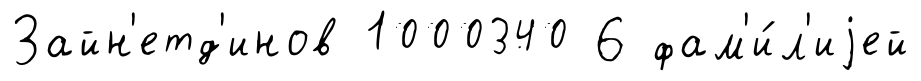
Зайн'етд'инов 1000340 6 фам'и́л'иjей